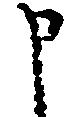
申